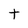
Character: t